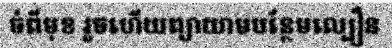
ចំពីមុខ រួចហើយព្យាយាមបន្ថែមល្បឿន